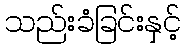
သည်းခံခြင်းနှင့်